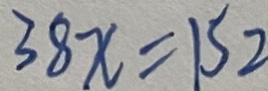
3 8 x = 1 S 2